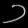
Digit: ၁